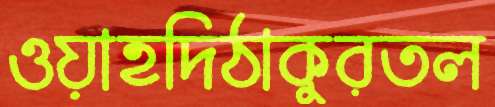
ওয়াহদিঠাকুরতল